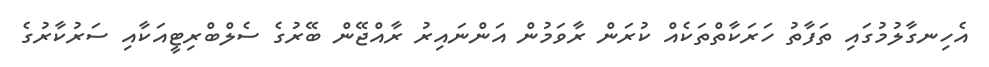
އެހިނގާލުމުގައި ތަފާތު ހަރަކާތްތަކެއް ކުރަން ރާވަމުން އަންނައިރު ރާއްޖޭން ބޭރުގެ ސެލްބްރިޓީއަކާއި ސަރުކާރުގެ